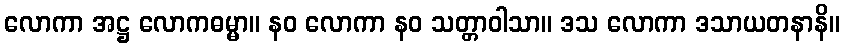
လောကာ အဋ္ဌ လောကဓမ္မာ။ နဝ လောကာ နဝ သတ္တာဝါသာ။ ဒသ လောကာ ဒသာယတနာနိ။